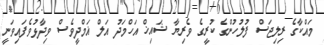
މައްކާގެ ރިލިޖަސް ފުލުހުންގެ ކުރީގެ ވެރިޔާ ޝައިޚް އަހްމަދު އަލް ޣަމްދީވެސް ވިދާޅުވެފައިވަނީ